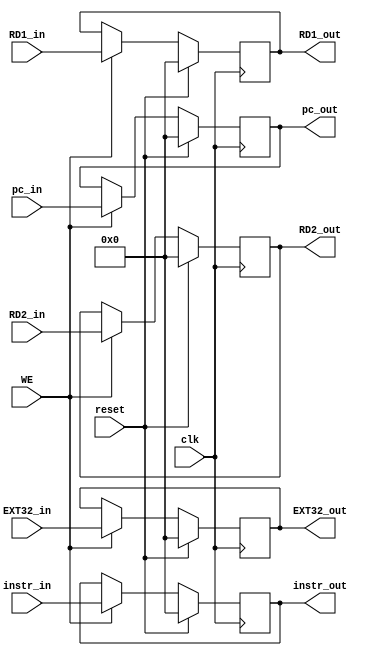
`timescale 1ns / 1ps

module E_REG(
    input clk,
    input reset,
    input WE,
    input [31:0] instr_in,
    input [31:0] pc_in,
    input [31:0] RD1_in,
    input [31:0] RD2_in,
    input [31:0] EXT32_in,
    output [31:0] instr_out,
    output [31:0] pc_out,
    output [31:0] RD1_out,
    output [31:0] RD2_out,
    output [31:0] EXT32_out
    );
    
    reg [31:0] instr;
    reg [31:0] pc;
    reg [31:0] RD1;
    reg [31:0] RD2;
    reg [31:0] EXT32;
    
    assign instr_out = instr;
    assign pc_out = pc;
    assign RD1_out = RD1;
    assign RD2_out = RD2;
    assign EXT32_out = EXT32;
    
    always @(posedge clk) begin
        if(reset) begin
            instr <= 0;
            pc <= 0;
            RD1 <= 0;
            RD2 <= 0;
            EXT32 <= 0;
        end
        else if(WE) begin
            instr <= instr_in;
            pc <= pc_in;
            RD1 <= RD1_in;
            RD2 <= RD2_in;
            EXT32 <= EXT32_in;
        end
    end

endmodule